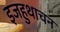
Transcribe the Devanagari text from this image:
इजहुथाचन